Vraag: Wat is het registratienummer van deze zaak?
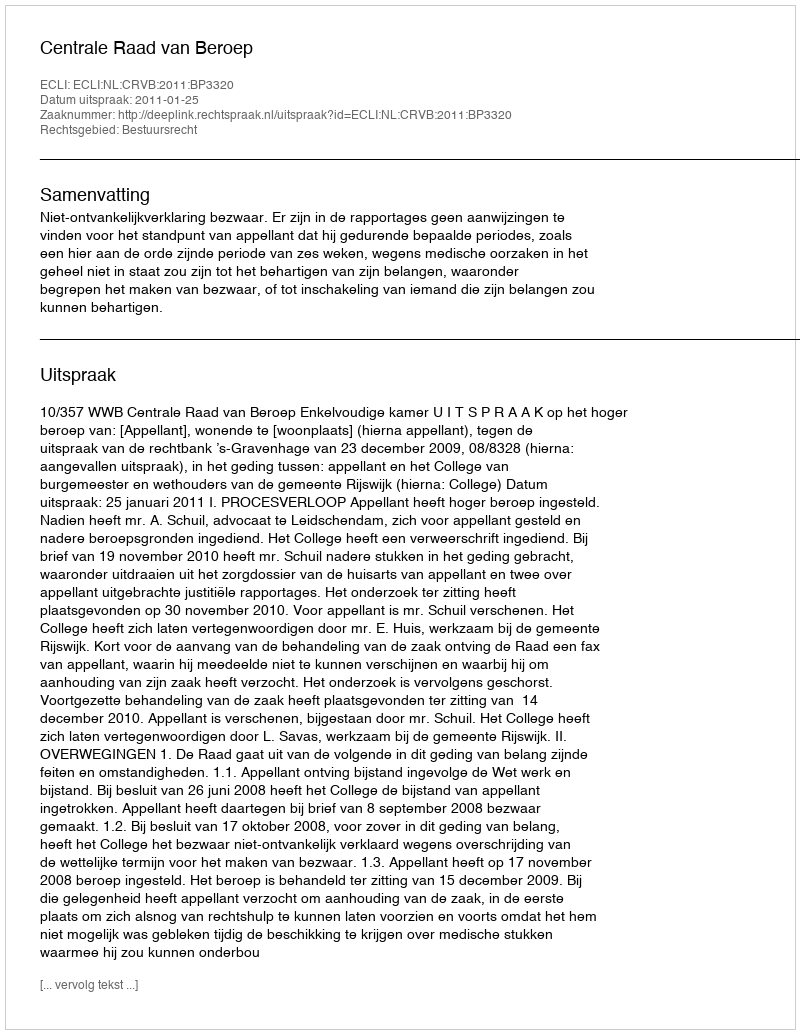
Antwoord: http://deeplink.rechtspraak.nl/uitspraak?id=ECLI:NL:CRVB:2011:BP3320